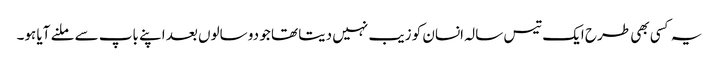
یہ کسی بھی طرح ایک تیس سالہ انسان کو زیب نہیں دیتا تھا جو دو سالوں بعد اپنے باپ سے ملنے آیا ہو۔